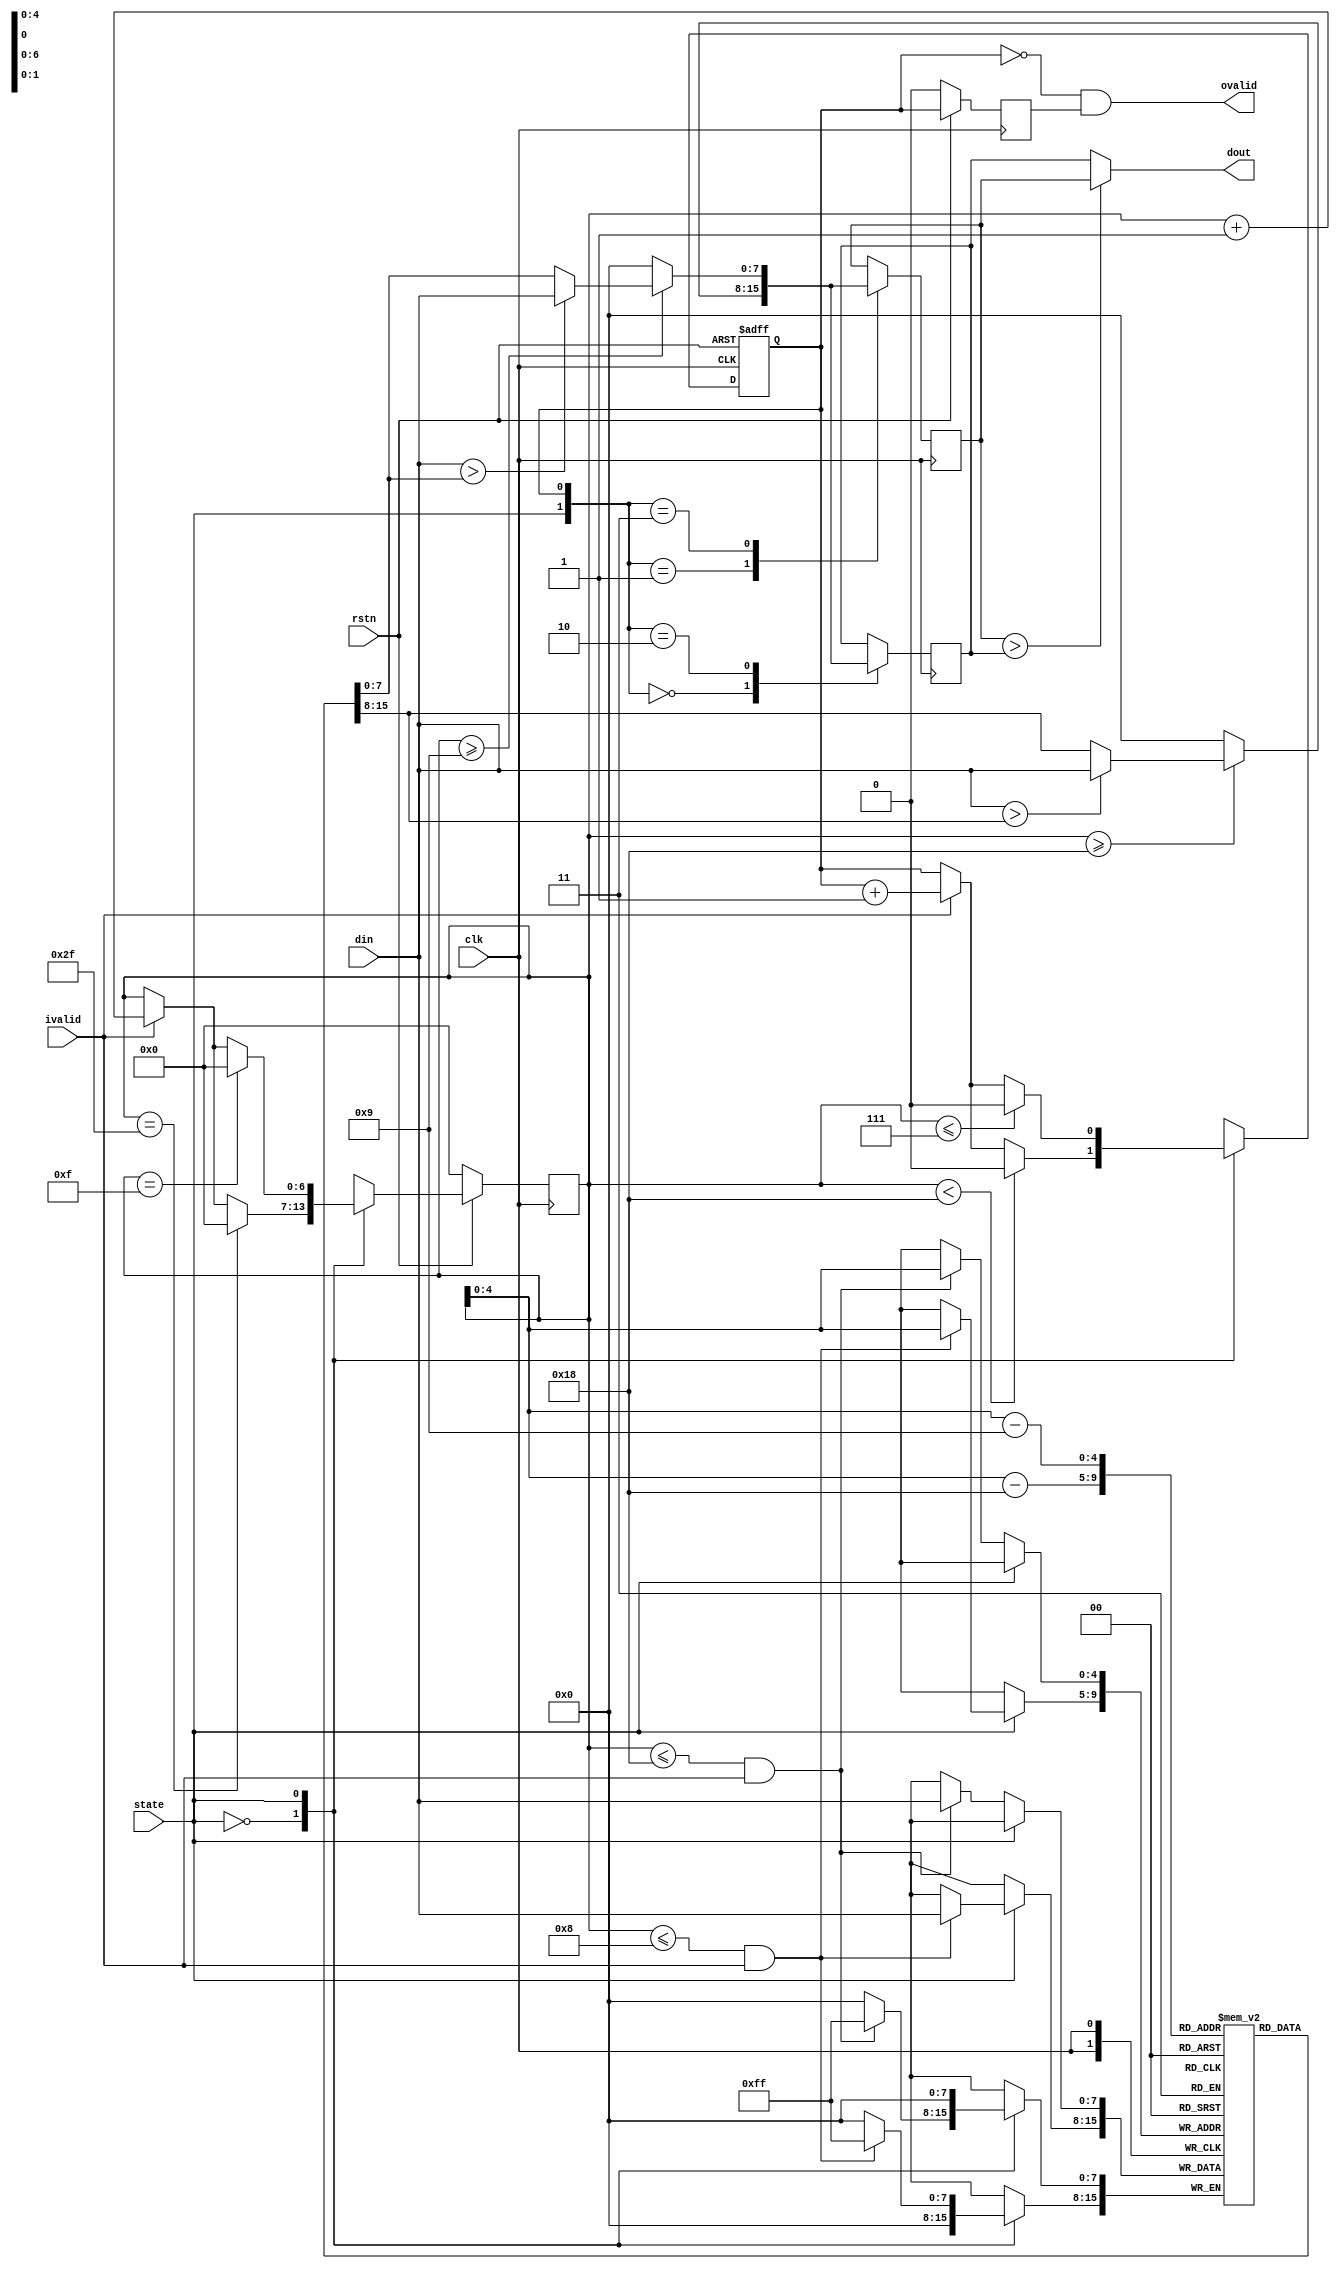
// 
module maxpooling
(
    input  clk,
    input  rstn,
    input  ivalid,      // 
    input  state,       // 0: 24*24; 1: 8*8
    input  [7:0] din,   //  8bit
    output ovalid,      // 
    output [7:0] dout   //  
);

	reg [7:0] data [0:23];  //  24 or 8
	reg [6:0] ptr;          //  0 ~ 47
	reg cnt;                //  1 bit 0data_reg_01data_reg_1
	reg [7:0] data_reg_0;   // 0
	reg [7:0] data_reg_1;   // 1
	reg [7:0] dout_r;       // 
	
	// ptr 
	always@(posedge clk)begin
		if(!rstn)
			ptr <= 7'b0000000;
		else
			case(state)
				1'b0:begin
					if(ptr == 7'd48-1) // 2*24 01
						ptr <= 7'd0;
					else 
						if(!ivalid)
							ptr <= ptr;
						else
							ptr <= ptr + 7'd1;
					end
				1'b1:begin
					if(ptr == 7'd16-1) // 2*8 
						ptr <= 7'd0;
					else 
						if(!ivalid)
							ptr <= ptr;
						else
							ptr <= ptr + 7'd1;
					end               
			endcase
	end
	
	// cnt 
	// 24 -> cnt=0 25 -> cnt=1
	// 26 -> cnt=0 27 -> cnt=1
	// ...
	always@(posedge clk or negedge rstn)begin
	if(!rstn)
		cnt <= 0;
	else
		case(state)
			1'b0:begin
					if(ptr < 7'd25 - 1) //
						cnt <= 0;
					else
						if(ivalid)
							cnt <= cnt + 1'b1;
						else
							cnt <= cnt;
				end
			1'b1:begin
					if(ptr <= 7'd7)
						cnt <= 0;
					else
						if(ivalid)
							cnt <= cnt + 1'b1;
						else
							cnt <= cnt;
				end
		endcase
	end
	
	// 
	always@(posedge clk)
	begin
		case(state)
		1'b0:begin
			if(ptr <= 7'd24 && ivalid) 
				data[ptr] <= din;
			end
		1'b1:begin
			if(ptr <= 7'd8 && ivalid) 
				data[ptr] <= din;
			end          
		endcase   
	end
	// 
	always@(posedge clk)
	begin
		case({state,cnt}) //  cnt
		2'b00:begin
			if(ptr >= 7'd24)
			begin
				if(din>data[ptr-7'd24])
					data_reg_0 <= din;
				else
					data_reg_0 <= data[ptr-7'd24];
			end
			else
				data_reg_0 <= 0;
			end
		2'b01:begin
			if(ptr >= 7'd24)
			begin
				if(din>data[ptr-7'd24])
					data_reg_1 <= din;
				else
					data_reg_1 <= data[ptr-7'd24];
			end
			else
				data_reg_1 <= 0;
			end
		2'b10:begin
			if(ptr >= 7'd9)
			begin
				if(din>data[ptr-7'd9])
					data_reg_0 <= din;
				else
					data_reg_0 <= data[ptr-7'd9];
			end
			else
				data_reg_0 <= 0;
			end
		2'b11:begin
			if(ptr >= 7'd9)
			begin
				if(din>data[ptr-7'd9])
					data_reg_1 <= din;
				else
					data_reg_1 <= data[ptr-7'd9];
			end
			else
				data_reg_1 <= 0;
			end 
		default:begin
				data_reg_1 <= 0; 
				data_reg_0 <= 0;
				end         
		endcase
	end

	// 
	reg cnt_d;
	always@(posedge clk)begin
		if(!rstn)
			cnt_d <= 0;
		else
			cnt_d <= cnt;
	end
	
	// cnt  1 2*2 kernel cnt=11
	// 
	assign ovalid = ~cnt && cnt_d; // 
	assign dout   = data_reg_1 > data_reg_0 ? data_reg_1 : data_reg_0;
	
endmodule